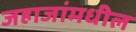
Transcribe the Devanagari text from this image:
जहाजांमधील